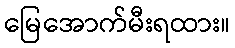
မြေအောက်မီးရထား။